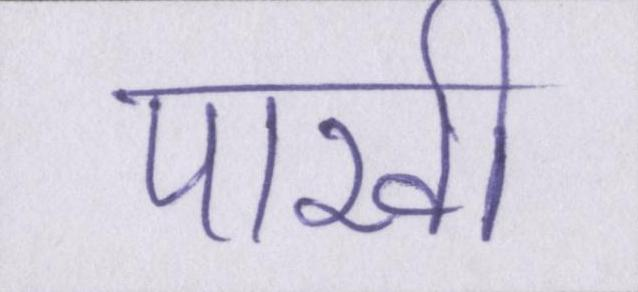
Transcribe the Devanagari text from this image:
पाखी